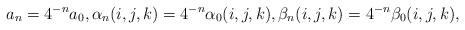
LaTeX: \begin{align*}a_n = 4^{-n}a_0,\alpha_n(i,j,k) = 4^{-n}\alpha_0(i,j,k),\beta_n(i,j,k) = 4^{-n}\beta_0(i,j,k),\end{align*}